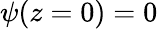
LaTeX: \psi(z=0)=0